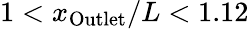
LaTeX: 1<x_{\mathrm{Outlet}}/L<1.12